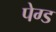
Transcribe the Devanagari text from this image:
पेग्ड